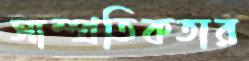
সাম্প্রতিকতার